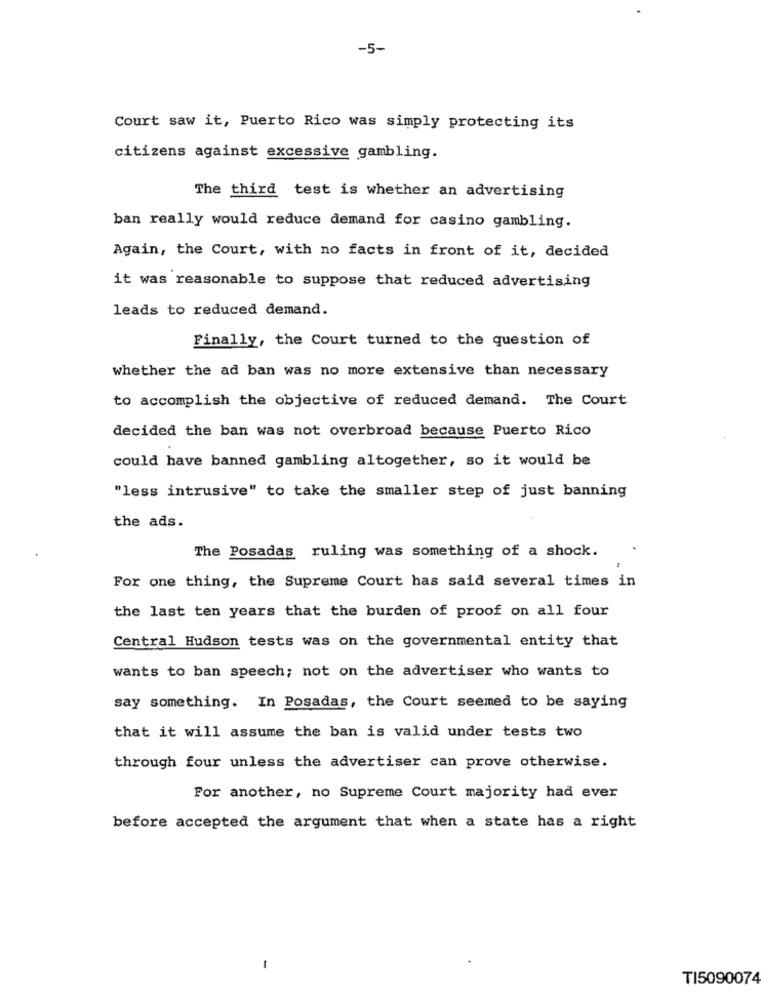
-5-
Court saw it, Puerto Rico was simply protecting its
citizens against excessive gambling.
The third test is whether an advertising
ban really would reduce demand for casino gambling.
Again, the Court, with no facts in front of it, decided
it was reasonable to suppose that reduced advertising
leads to reduced demand.
Finally, the Court turned to the question of
whether the ad ban was no more extensive than necessary
to accomplish the objective of reduced demand. The Court
decided the ban was not overbroad because Puerto Rico
could have banned gambling altogether, so it would be
"less intrusive" to take the smaller step of just banning
the ads.
The Posadas ruling was something of a shock.
For one thing, the Supreme Court has said several times in
the last ten years that the burden of proof on all four
Central Hudson tests was on the governmental entity that
wants to ban speech; not on the advertiser who wants to
say something. In Posadas, the Court seemed to be saying
that it will assume the ban is valid under tests two
through four unless the advertiser can prove otherwise.
For another, no Supreme Court majority had ever
before accepted the argument that when a state has a right
-
TI5090074